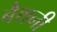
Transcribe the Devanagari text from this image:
बैथनी